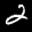
Label: 2